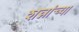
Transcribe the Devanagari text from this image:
शन्नांच्या